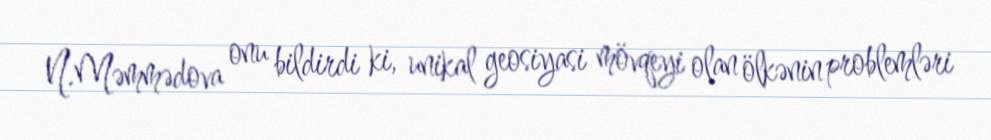
N.Məmmədova onu bildirdi ki, unikal geosiyasi mövqeyi olan ölkənin problemləri